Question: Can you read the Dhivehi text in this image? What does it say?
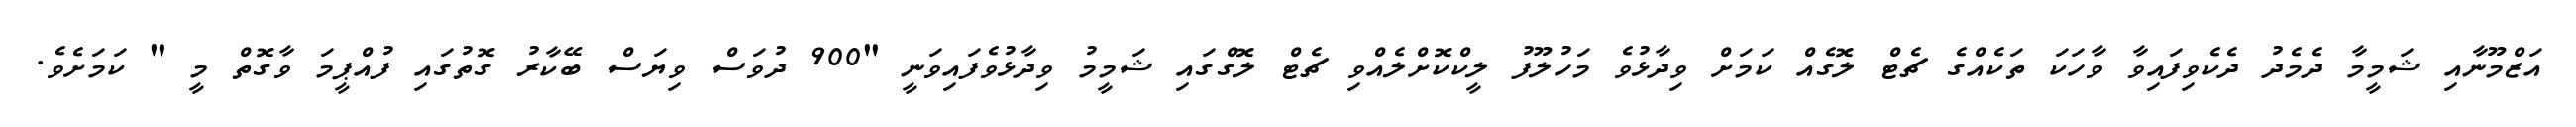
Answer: އަޒްމޫނާއި ޝަމީމާ ދެމެދު ދެކެވިފައިވާ ވާހަކަ ތަކެއްގެ ޗެޓް ލޮގެއް ކަމަށް ވިދާޅުވެ މަހުލޫފު ލީކްކޮށްލެއްވި ޗެޓް ލޮގްގައި ޝަމީމު ވިދާޅުވެފައިވަނީ "900 ދުވަސް ވިޔަސް ބޭކާރު ގޮތުގައި ފުއްޕީމަ ވާގޮތް މީ " ކަމަށެވެ.